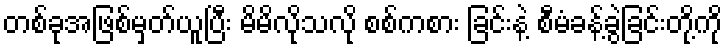
တစ်ခုအဖြစ်မှတ်ယူပြီး မိမိလိုသလို စစ်ကစား ခြင်းနဲ့ စီမံခန့်ခွဲခြင်းတို့ကို